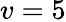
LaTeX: v=5